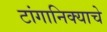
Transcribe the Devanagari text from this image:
टांगानिक्याचे